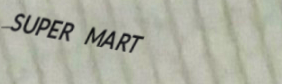
SUPER MART